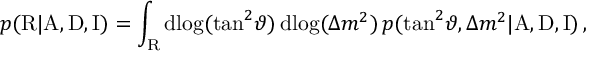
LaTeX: p ( \mathrm { R } | \mathrm { A } , \mathrm { D } , \mathrm { I } ) = \int _ { \mathrm { R } } \mathrm { d } \! \log ( \tan ^ { 2 } \! \vartheta ) \, \mathrm { d } \! \log ( \Delta { m } ^ { 2 } ) \, p ( \tan ^ { 2 } \! \vartheta , \Delta { m } ^ { 2 } | \mathrm { A } , \mathrm { D } , \mathrm { I } ) \, ,